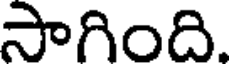
సాగింది.